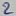
Text: 2